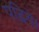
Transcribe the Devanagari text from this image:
पढ़िये।